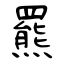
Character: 羆